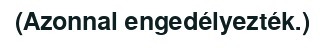
(Azonnal engedélyezték.)